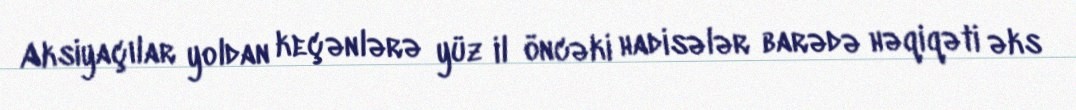
Aksiyaçılar yoldan keçənlərə yüz il öncəki hadisələr barədə həqiqəti əks